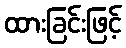
ထားခြင်းဖြင့်